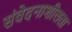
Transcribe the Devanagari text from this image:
संवेदनाशीलता